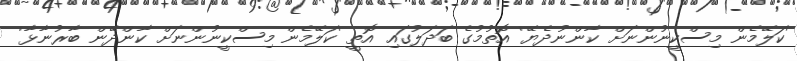
'ކަލޭމެން މިސްކީނުންނަށް ކާންނުދެޔޭ' އޮތުމުގެ ބަދަލުގައި އޮތީ 'ކަލޭމެން މިސްކީނުންނަށް ކާންދޭން ބާރުނާޅާ'